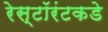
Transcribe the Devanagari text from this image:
रेस्टॉरंटकडे